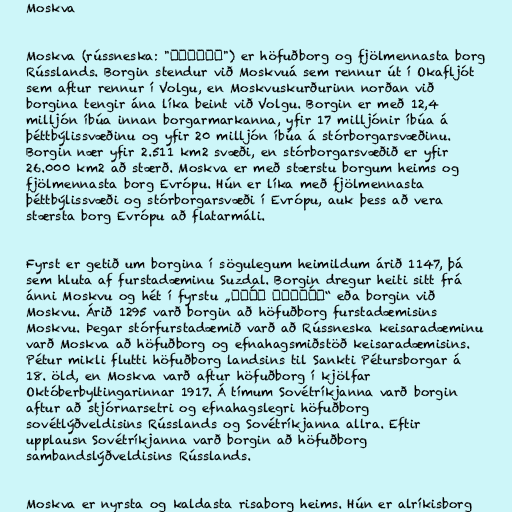
Moskva

Moskva (rússneska: "Москва") er höfuðborg og fjölmennasta borg
Rússlands. Borgin stendur við Moskvuá sem rennur út í Okafljót
sem aftur rennur í Volgu, en Moskvuskurðurinn norðan við
borgina tengir ána líka beint við Volgu. Borgin er með 12,4
milljón íbúa innan borgarmarkanna, yfir 17 milljónir íbúa á
þéttbýlissvæðinu og yfir 20 milljón íbúa á stórborgarsvæðinu.
Borgin nær yfir 2.511 km2 svæði, en stórborgarsvæðið er yfir
26.000 km2 að stærð. Moskva er með stærstu borgum heims og
fjölmennasta borg Evrópu. Hún er líka með fjölmennasta
þéttbýlissvæði og stórborgarsvæði í Evrópu, auk þess að vera
stærsta borg Evrópu að flatarmáli.

Fyrst er getið um borgina í sögulegum heimildum árið 1147, þá
sem hluta af furstadæminu Suzdal. Borgin dregur heiti sitt frá
ánni Moskvu og hét í fyrstu „гра́д Моско́в“ eða borgin við
Moskvu. Árið 1295 varð borgin að höfuðborg furstadæmisins
Moskvu. Þegar stórfurstadæmið varð að Rússneska keisaradæminu
varð Moskva að höfuðborg og efnahagsmiðstöð keisaradæmisins.
Pétur mikli flutti höfuðborg landsins til Sankti Pétursborgar á
18. öld, en Moskva varð aftur höfuðborg í kjölfar
Októberbyltingarinnar 1917. Á tímum Sovétríkjanna varð borgin
aftur að stjórnarsetri og efnahagslegri höfuðborg
sovétlýðveldisins Rússlands og Sovétríkjanna allra. Eftir
upplausn Sovétríkjanna varð borgin að höfuðborg
sambandslýðveldisins Rússlands.

Moskva er nyrsta og kaldasta risaborg heims. Hún er alríkisborg